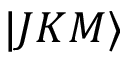
\vert J K M \rangle